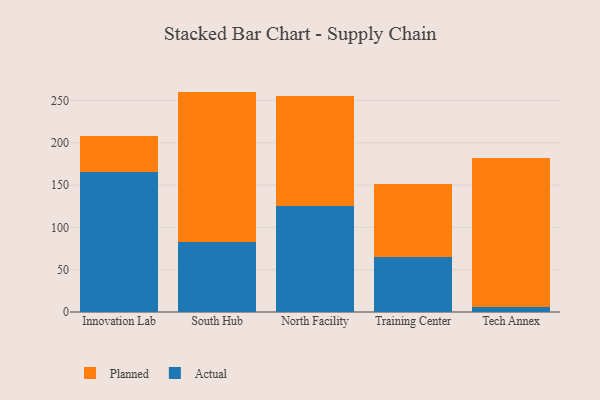
{"axis": {"x": "Campus", "y": "Revenue (USD Million)"}, "legend": ["Actual", "Planned"], "data": [{"x": "Innovation Lab", "y": 165.2, "type": "Actual"}, {"x": "Innovation Lab", "y": 42.4, "type": "Planned"}, {"x": "South Hub", "y": 82.3, "type": "Actual"}, {"x": "South Hub", "y": 178.1, "type": "Planned"}, {"x": "North Facility", "y": 125.0, "type": "Actual"}, {"x": "North Facility", "y": 130.2, "type": "Planned"}, {"x": "Training Center", "y": 65.1, "type": "Actual"}, {"x": "Training Center", "y": 86.5, "type": "Planned"}, {"x": "Tech Annex", "y": 6.5, "type": "Actual"}, {"x": "Tech Annex", "y": 176.0, "type": "Planned"}]}